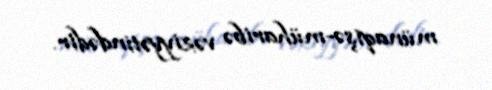
münaqişə-müharibə vəziyyətindədir.